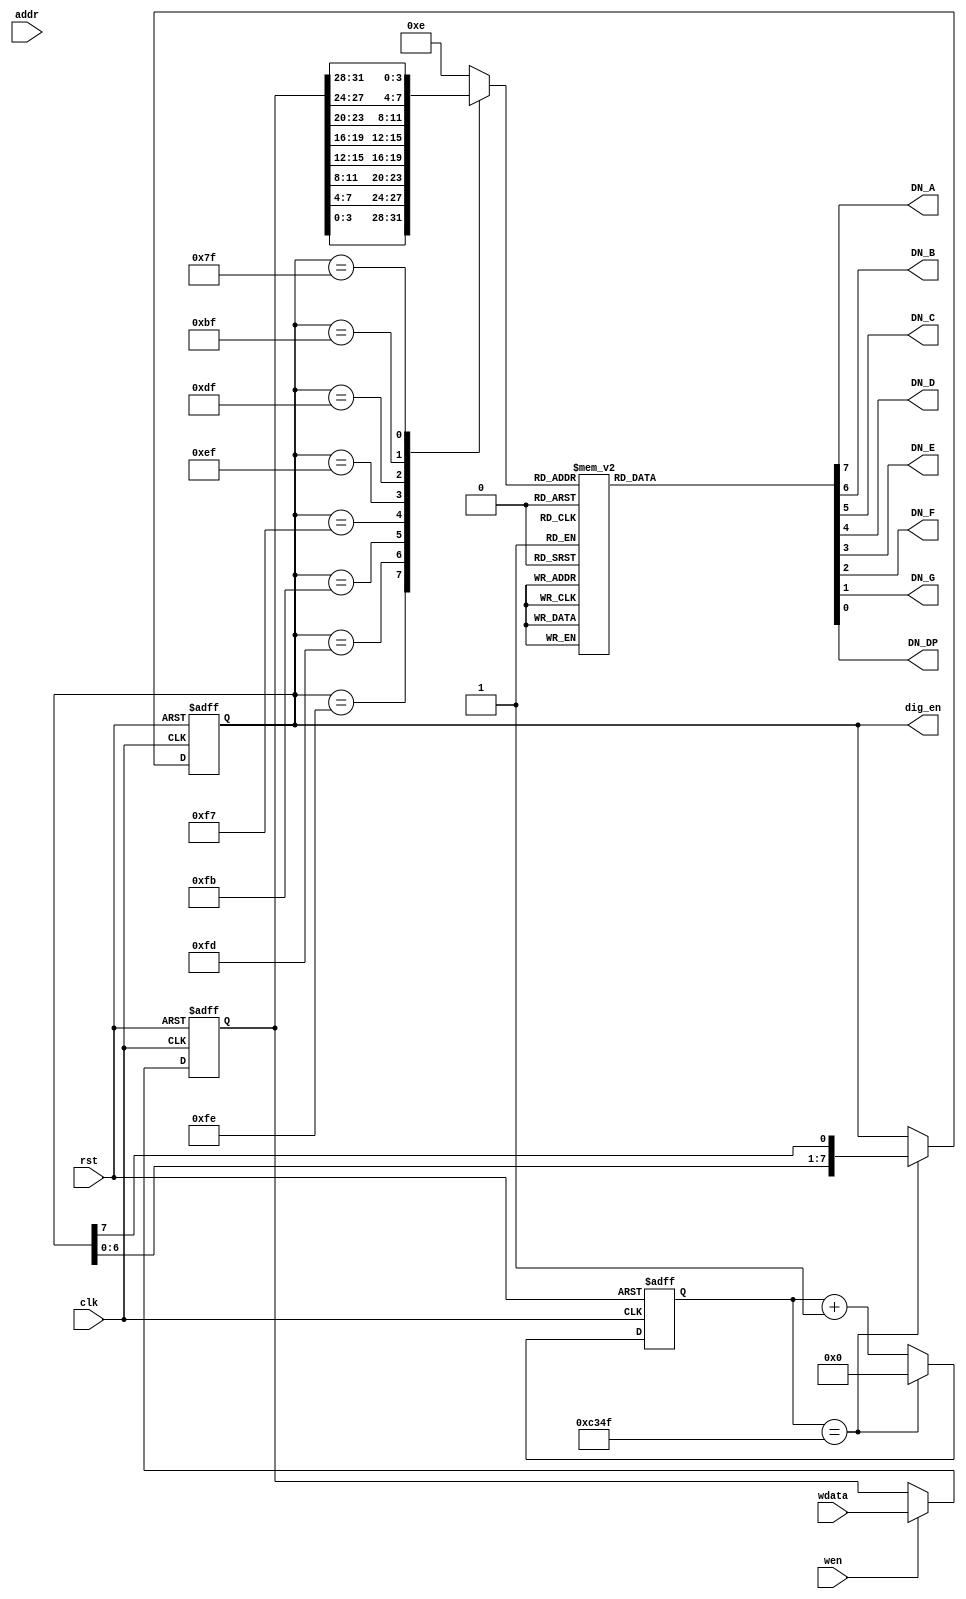
module DigitalDriver (
    input  wire        rst,
    input  wire        clk,
    input  wire [11:0] addr,
    input  wire        wen,
    input  wire [31:0] wdata,
    output reg  [ 7:0] dig_en,
    output wire        DN_A,
    output wire        DN_B,
    output wire        DN_C,
    output wire        DN_D,
    output wire        DN_E,
    output wire        DN_F,
    output wire        DN_G,
    output wire        DN_DP
);

  reg [ 7:0] led_n;  // 
  reg [ 3:0] num;  // data42led_n
  reg [31:0] data;

  // 25MHz2mscnt_end
  localparam CNT_END = 32'd49999;
  reg [31:0] cnt;

  assign DN_A  = led_n[7];
  assign DN_B  = led_n[6];
  assign DN_C  = led_n[5];
  assign DN_D  = led_n[4];
  assign DN_E  = led_n[3];
  assign DN_F  = led_n[2];
  assign DN_G  = led_n[1];
  assign DN_DP = led_n[0];

  always @(posedge clk or posedge rst) begin
    if (rst) cnt <= 32'd0;
    else if (cnt == CNT_END) cnt <= 32'd0;
    else cnt <= cnt + 32'd1;
  end

  always @(posedge clk or posedge rst) begin
    if (rst) dig_en <= 8'b11111110;
    else if (cnt == CNT_END) dig_en <= {dig_en[6:0], dig_en[7]};
  end

  always @(posedge clk or posedge rst) begin
    if (rst) data <= 32'd0;
    else if (wen) data <= wdata;
  end

  always @(*) begin
    case (dig_en)
      8'b11111110: num <= data[3:0];
      8'b11111101: num <= data[7:4];
      8'b11111011: num <= data[11:8];
      8'b11110111: num <= data[15:12];
      8'b11101111: num <= data[19:16];
      8'b11011111: num <= data[23:20];
      8'b10111111: num <= data[27:24];
      8'b01111111: num <= data[31:28];
      default: num <= 4'he;
    endcase
  end

  always @(*) begin
    case (num)
      4'h0: led_n = 8'b00000011;
      4'h1: led_n = 8'b10011111;
      4'h2: led_n = 8'b00100101;
      4'h3: led_n = 8'b00001101;
      4'h4: led_n = 8'b10011001;
      4'h5: led_n = 8'b01001001;
      4'h6: led_n = 8'b01000001;
      4'h7: led_n = 8'b00011111;
      4'h8: led_n = 8'b00000001;
      4'h9: led_n = 8'b00011001;
      4'ha: led_n = 8'b00010001;
      4'hb: led_n = 8'b11000001;
      4'hc: led_n = 8'b11100101;
      4'hd: led_n = 8'b10000101;
      4'he: led_n = 8'b01100001;
      4'hf: led_n = 8'b01110001;
      default: led_n = 8'b11111111;
    endcase
  end

endmodule